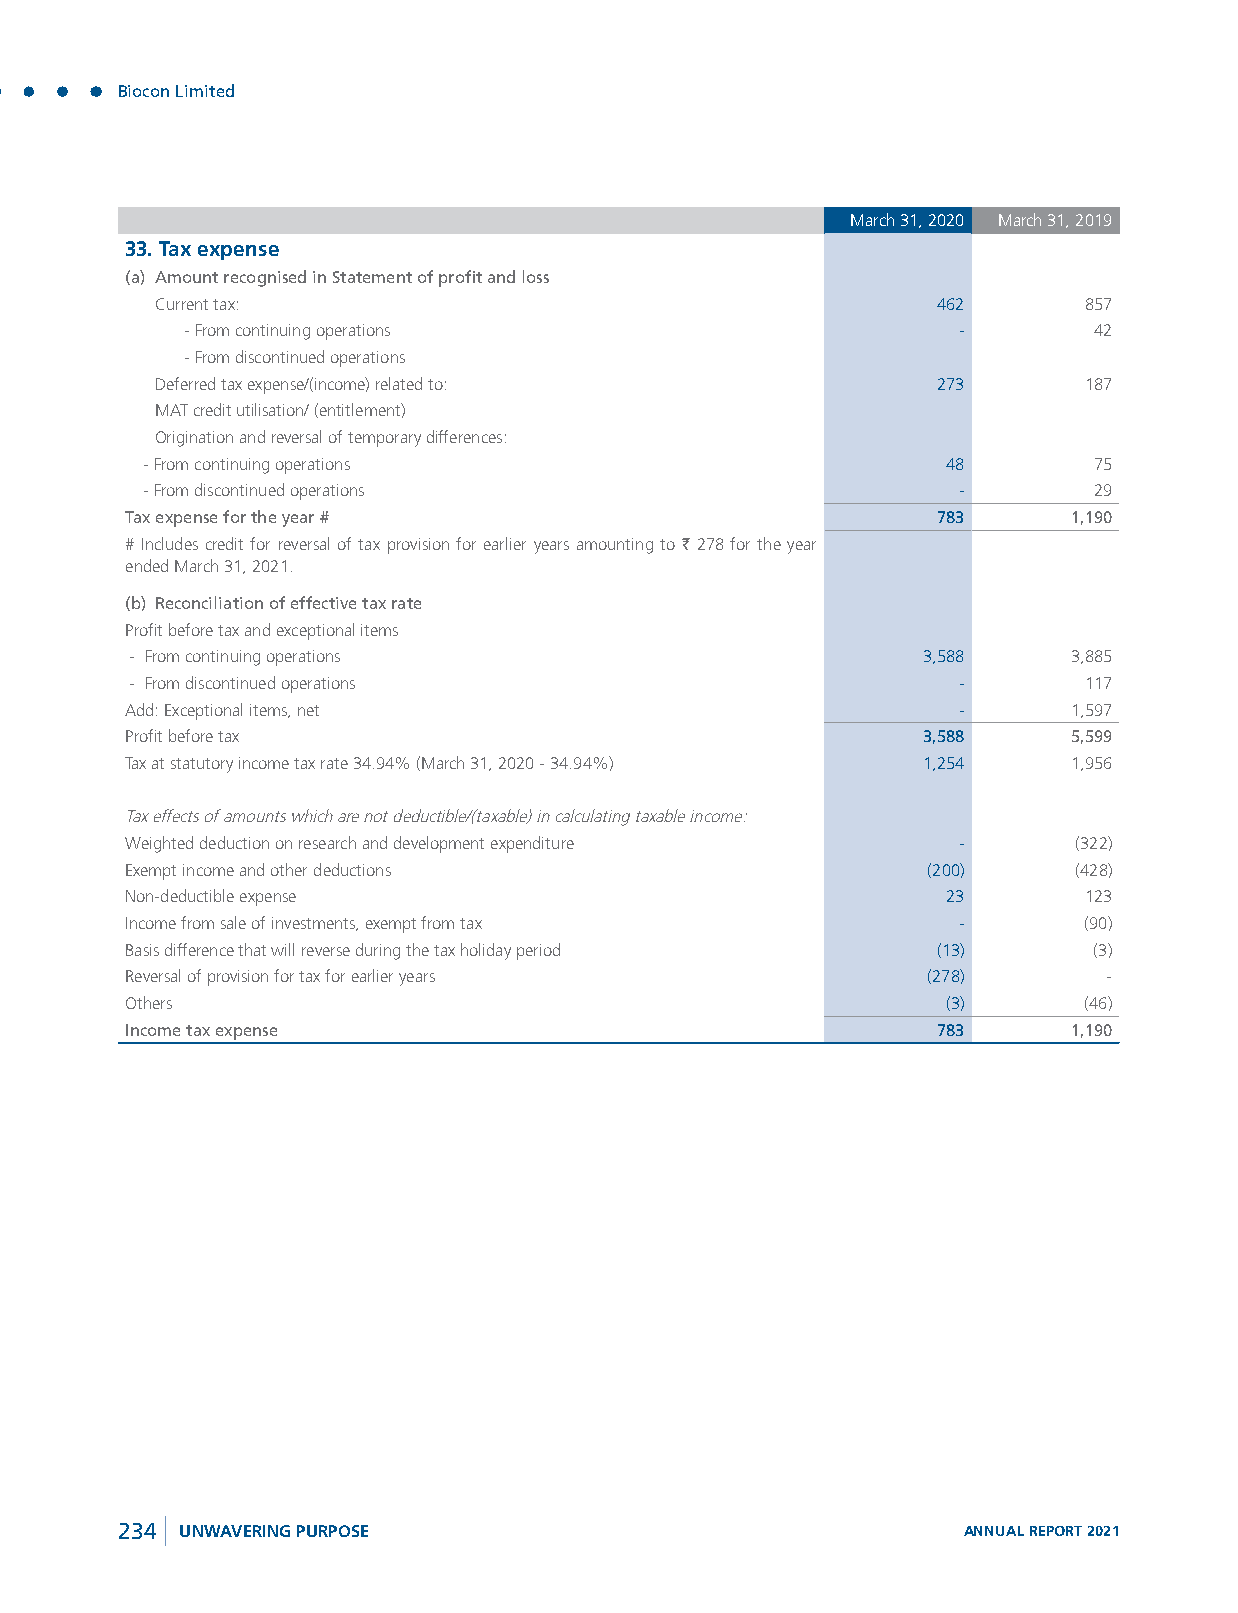
Biocon Limited
 March 31, 2020 March 31, 2019
 33. Tax expense
 (a) Amount recognised in Statement of profit and loss
 Current tax:                                        462       857
 - From continuing operations                       -        42
 - From discontinued operations
 Deferred tax expense/(income) related to:           273       187
 MAT credit utilisation/ (entitlement)
 Origination and reversal of temporary differences:
 - From continuing operations                         48       75
 - From discontinued operations                       -        29
 Tax expense for the year #                            783      1,190
 # Includes credit for reversal of tax provision for earlier years amounting to ` 278 for the year
 ended March 31, 2021.
 (b) Reconciliation of effective tax rate
 Profit before tax and exceptional items
 - From continuing operations                        3,588     3,885
 - From discontinued operations                        -        117
 Add: Exceptional items, net                            -       1,597
 Profit before tax                                    3,588     5,599
 Tax at statutory income tax rate 34.94% (March 31, 2020 - 34.94%) 1,254 1,956
 Tax effects of amounts which are not deductible/(taxable) in calculating taxable income:
 Weighted deduction on research and development expenditure -   (322)
 Exempt income and other deductions                   (200)     (428)
 Non-deductible expense                                 23       123
 Income from sale of investments, exempt from tax       -        (90)
 Basis difference that will reverse during the tax holiday period (13) (3)
 Reversal of provision for tax for earlier years      (278)       -
 Others                                                 (3)      (46)
 Income tax expense                                    783      1,190
 234 UNWAVERING PURPOSE                                  ANNUAL REPORT 2021